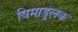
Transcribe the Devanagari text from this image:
विमाडुलक